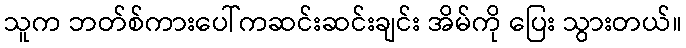
သူက ဘတ်စ်ကားပေါ်ကဆင်းဆင်းချင်း အိမ်ကို ပြေး သွားတယ်။